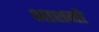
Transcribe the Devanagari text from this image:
भाशनो